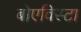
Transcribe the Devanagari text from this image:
बोएविस्टा